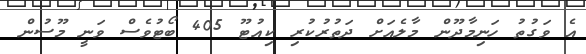
އެ ވަގުތު ހަނިމާދޫން މާލެއަށް ދަތުރުކުރި ކިއުޓޫ 405 ބޯޓުވެސް ވަނީ މޫސުން